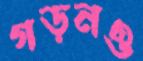
গড়নও